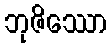
ဘုဇိဿော